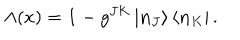
\Lambda ( x ) = \mathbf { 1 } - g ^ { J K } \left| \mathbf { n } _ { J } \right\rangle \left\langle \mathbf { n } _ { K } \right| .